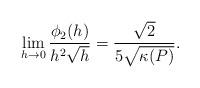
LaTeX: \begin{align*} \begin{aligned} \lim_{h\rightarrow0}\frac{\phi_2(h)}{h^2\sqrt{h}}=\frac{\sqrt{2}}{5\sqrt{\kappa(P)}}. \end{aligned} \end{align*}